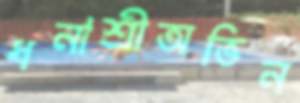
ধনাশ্রীঅভিন